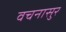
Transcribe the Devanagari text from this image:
वचनासुर